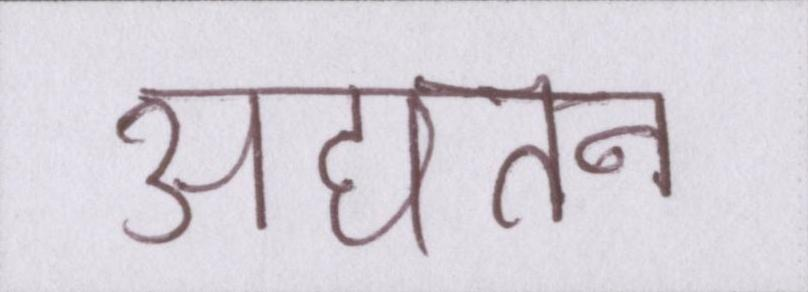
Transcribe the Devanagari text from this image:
अद्यतन